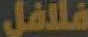
فلافل